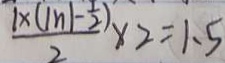
\frac { 1 \times ( \vert n \vert - \frac { 1 } { 2 } ) } { 2 } \times 2 = 1 . 5